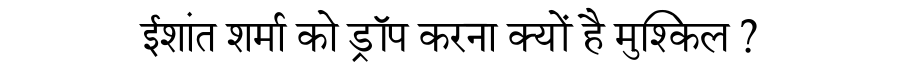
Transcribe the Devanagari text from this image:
ईशांत शर्मा को ड्रॉप करना क्यों है मुश्किल ?